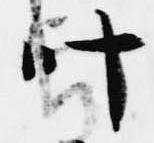
叶